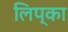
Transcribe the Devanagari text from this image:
लिप्का